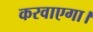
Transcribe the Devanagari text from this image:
करवाएगा।